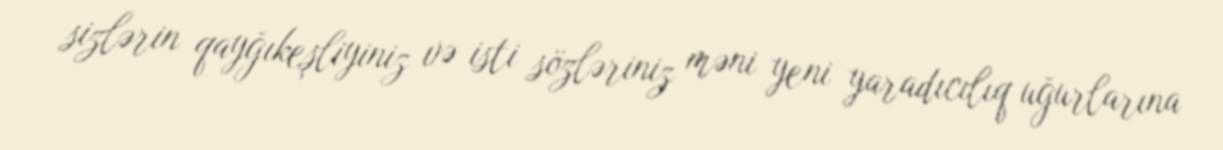
sizlərin qayğıkeşliyiniz və isti sözləriniz məni yeni yaradıcılıq uğurlarına